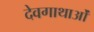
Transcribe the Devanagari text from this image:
देवगाथाओं